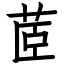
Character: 茝